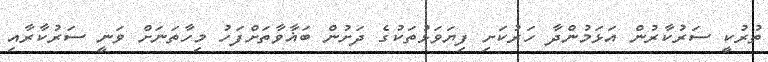
ތުރުކީ ސަރުކާރުން އަޅަމުންދާ ހަރުކަށި ފިޔަވަޅުތަކުގެ ދަށުން ބަޣާވާތަށްފަހު މިހާތަނަށް ވަނީ ސަރުކާރާއި